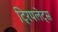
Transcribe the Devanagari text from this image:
ट्रिपलेट्स